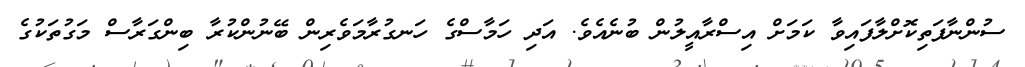
ސުންނާފަތިކޮށްލާފައިވާ ކަމަށް އިސްރާއީލުން ބުނެއެވެ. އަދި ހަމާސްގެ ހަނގުރާމަވެރިން ބޭނުންކުރާ ބިންގަރާސް މަގުތަކުގެ